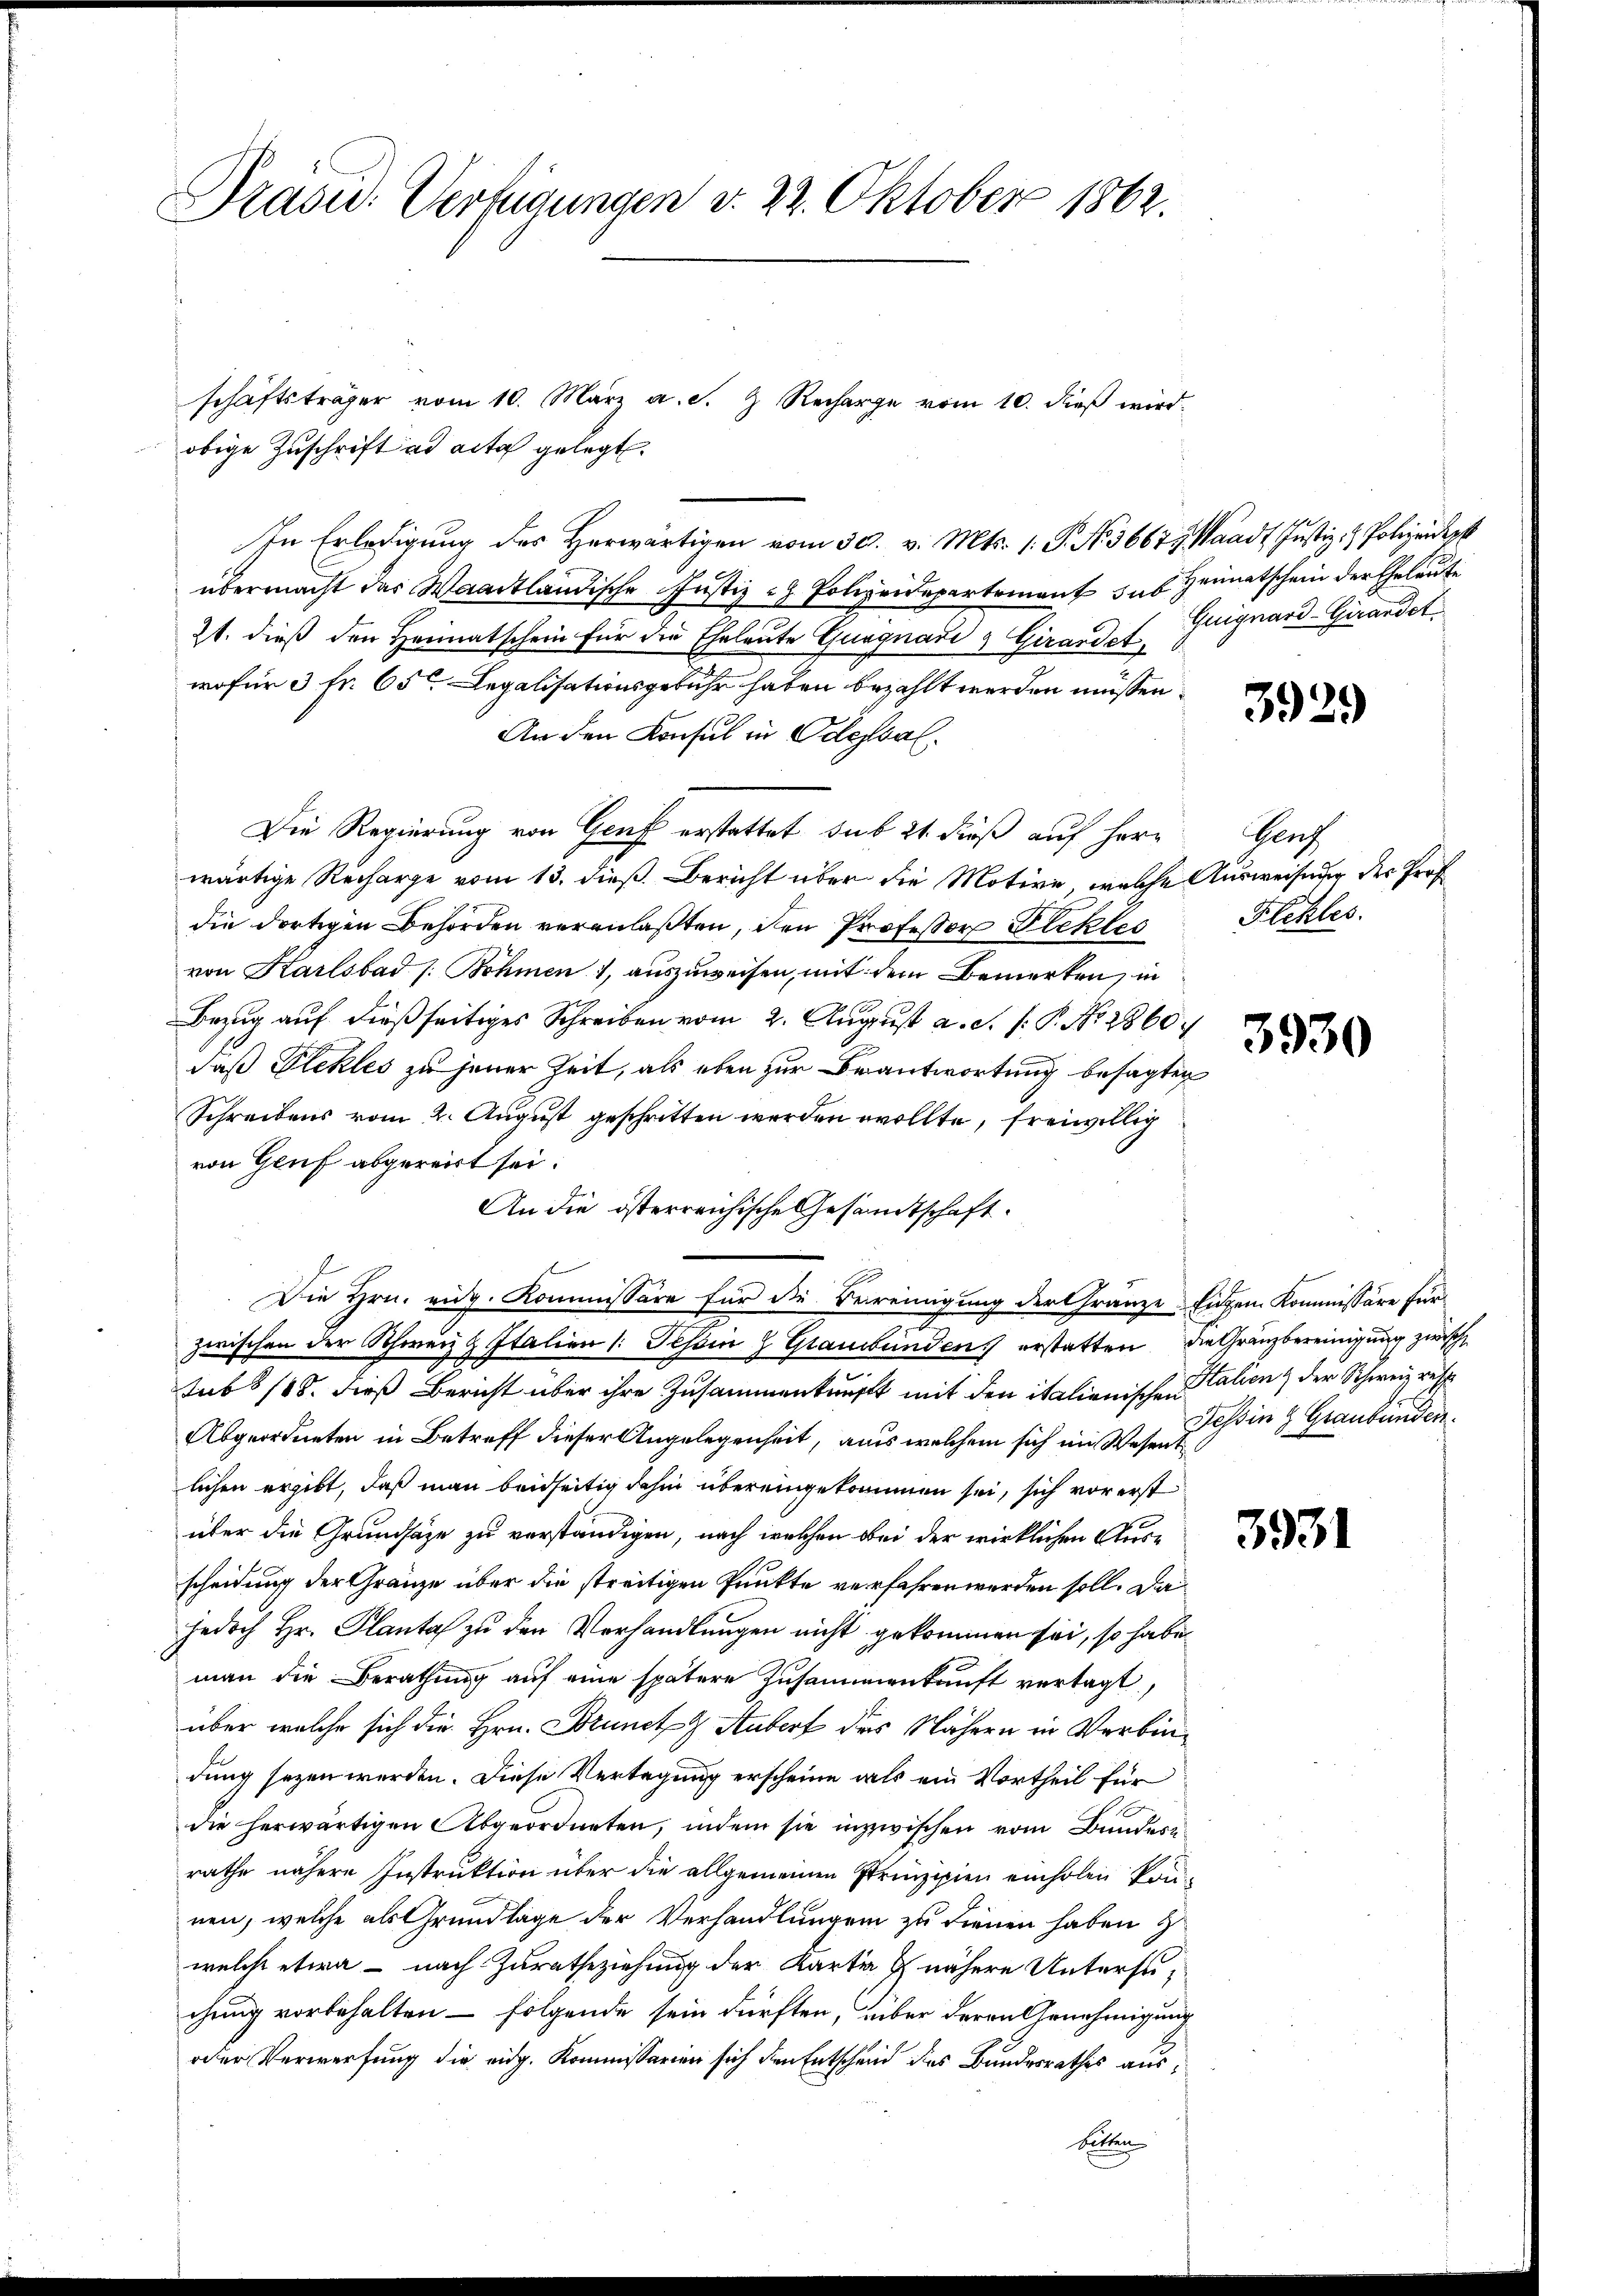
Prasid. Verfügungen d. 22. Oktober 1862.

obige Zuschrift ad acta gelegt.
In Erledigŭng des herwärtigen vom 30. v. Mts. 1. P. Nr. 3667, Waadt Justiz- & Polizeidep
übermacht der Waadtländische Justiz - Polizeidepartement sub Heimatschein der Eheleute
2t. dieß den Heimatschein für die Eheleute Gungnadi & Girandet.
wofür 3 fr. 65. Legalisationsgebühr haben bezahlt werden müssen.
An den Konsul in Oelessal.
Die Regierung von Genf erstattet sub 21 dieß auf herr
wärtige Recharge vom 13. dieß Bericht über die Motive, welche Ausweisener des Prof.
die dortigen Behörden veranlaßten, den Professor Plektes
von Karlsbad /: Böhmen, auszuweisen, mit dem Bemerken, in
Bezug auf dießseitiges Schreiben vom 2. August a. S. P. P. Nr. 2860.
daß Plekles zu jener Zeit, als eben zur Beantwortung besagten
Schreibens vom 2. August geschritten werden wollte, freiwillig
von Genf abgereit sei.
An die österreichische Gesandtschaft.
Die Hrn. eidg. Kommissäre für die Vereinigung der Gränze Eigen Kommissäre für
r
zwischen der Schweiz z Italien (: Tessin Graubünden) erstatten, die Gränzbereinigung zwische
sub 8/18. dieß Bericht über ihre Zusammenkunft mit den italienischen Stalien & der Schweiz resp
Abgeordneten in Betreff dieser Angelegenheit, aus welchem sich im Wesentlichen ergibt, daß man beidseitig dahin übereingekommen sei, sich vor erst
über die Grundsäze zu verständigen, nach welchen bei der wirklichen Ausscheidung der Gränze über die streitigen Punkte verfahren werden soll. Da
jedoch Hr. Planta zu den Verhandlungen nicht gekommen sei, so habe
man die Berathung auf eine spätere Zusammenkunft vertagt,
über welche sich die Hrn. Brunckz Aubert des Nähern in Verbindung seyen werden. Diese Vertagung erscheine als ein Vortheil für
die herwärtigen Abgeordneten, indem sie inzwischen vom Bundes
rathe nähere Instruktion über die allgemeinen Prinzipien einholen können, welche als Grundlage der Verhandlungen zu dienen haben z
welche etwa – nach Zuratheziehung der Karte nähere Untersuchung vorbehalten – folgende sein dürften, über deren Genehmigung
oder Verwerfung die eidg. Kommissarien sich den Entscheid des Bundesrathes ausbitten

schäftsträger vom 10. März a. s. Z. Recharge vom 10. dieß wird.

Guignard-Grandet.

3929

Genz
Flchles.

3930

3931

Tessin 4 Graubünden.